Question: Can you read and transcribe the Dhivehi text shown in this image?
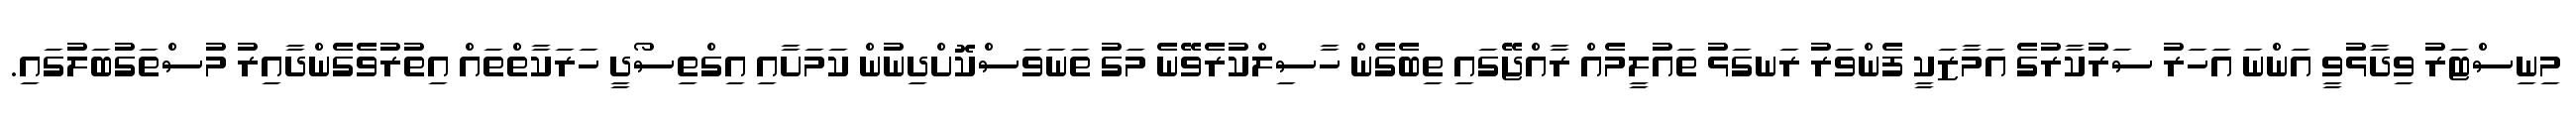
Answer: މިނިސްޓަރު ވިދާޅުވީ އަންނަ އަހަރު ސަރުކާރުގެ އަމާޒަކީ ފެންވަރު ރަނގަޅު ތައުލީމެއް ރާއްޖޭގައި ތިބެގެން ހާސިލްކުރެވޭނެ މަގު ތަނަވަސްކޮށްދިނުން ކަމަށާއި އިގްތިސޯދީ ހަރަކާތްތައް އިތުރުވެގެންދާއިރު މުސްތަގުބަލުގައި.